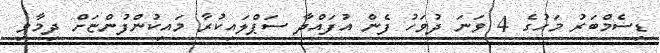
ޑިސެމްބަރު މަހުގެ 4 ވަނަ ދުވަހު ފެން އުފައްދާ ސަޕްލައިކުރާ މައިކުންފުންޏަށް ދިމާވި